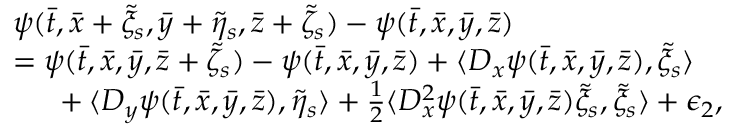
\begin{array} { r l } & { \psi ( \bar { t } , \bar { x } + \tilde { \xi } _ { s } , \bar { y } + \tilde { \eta } _ { s } , \bar { z } + \tilde { \zeta } _ { s } ) - \psi ( \bar { t } , \bar { x } , \bar { y } , \bar { z } ) } \\ & { = \psi ( \bar { t } , \bar { x } , \bar { y } , \bar { z } + \tilde { \zeta } _ { s } ) - \psi ( \bar { t } , \bar { x } , \bar { y } , \bar { z } ) + \langle D _ { x } \psi ( \bar { t } , \bar { x } , \bar { y } , \bar { z } ) , \tilde { \xi } _ { s } \rangle } \\ & { \mathrm { ~ \ ~ \ } + \langle D _ { y } \psi ( \bar { t } , \bar { x } , \bar { y } , \bar { z } ) , \tilde { \eta } _ { s } \rangle + \frac { 1 } { 2 } \langle D _ { x } ^ { 2 } \psi ( \bar { t } , \bar { x } , \bar { y } , \bar { z } ) \tilde { \xi } _ { s } , \tilde { \xi } _ { s } \rangle + \epsilon _ { 2 } , } \end{array}